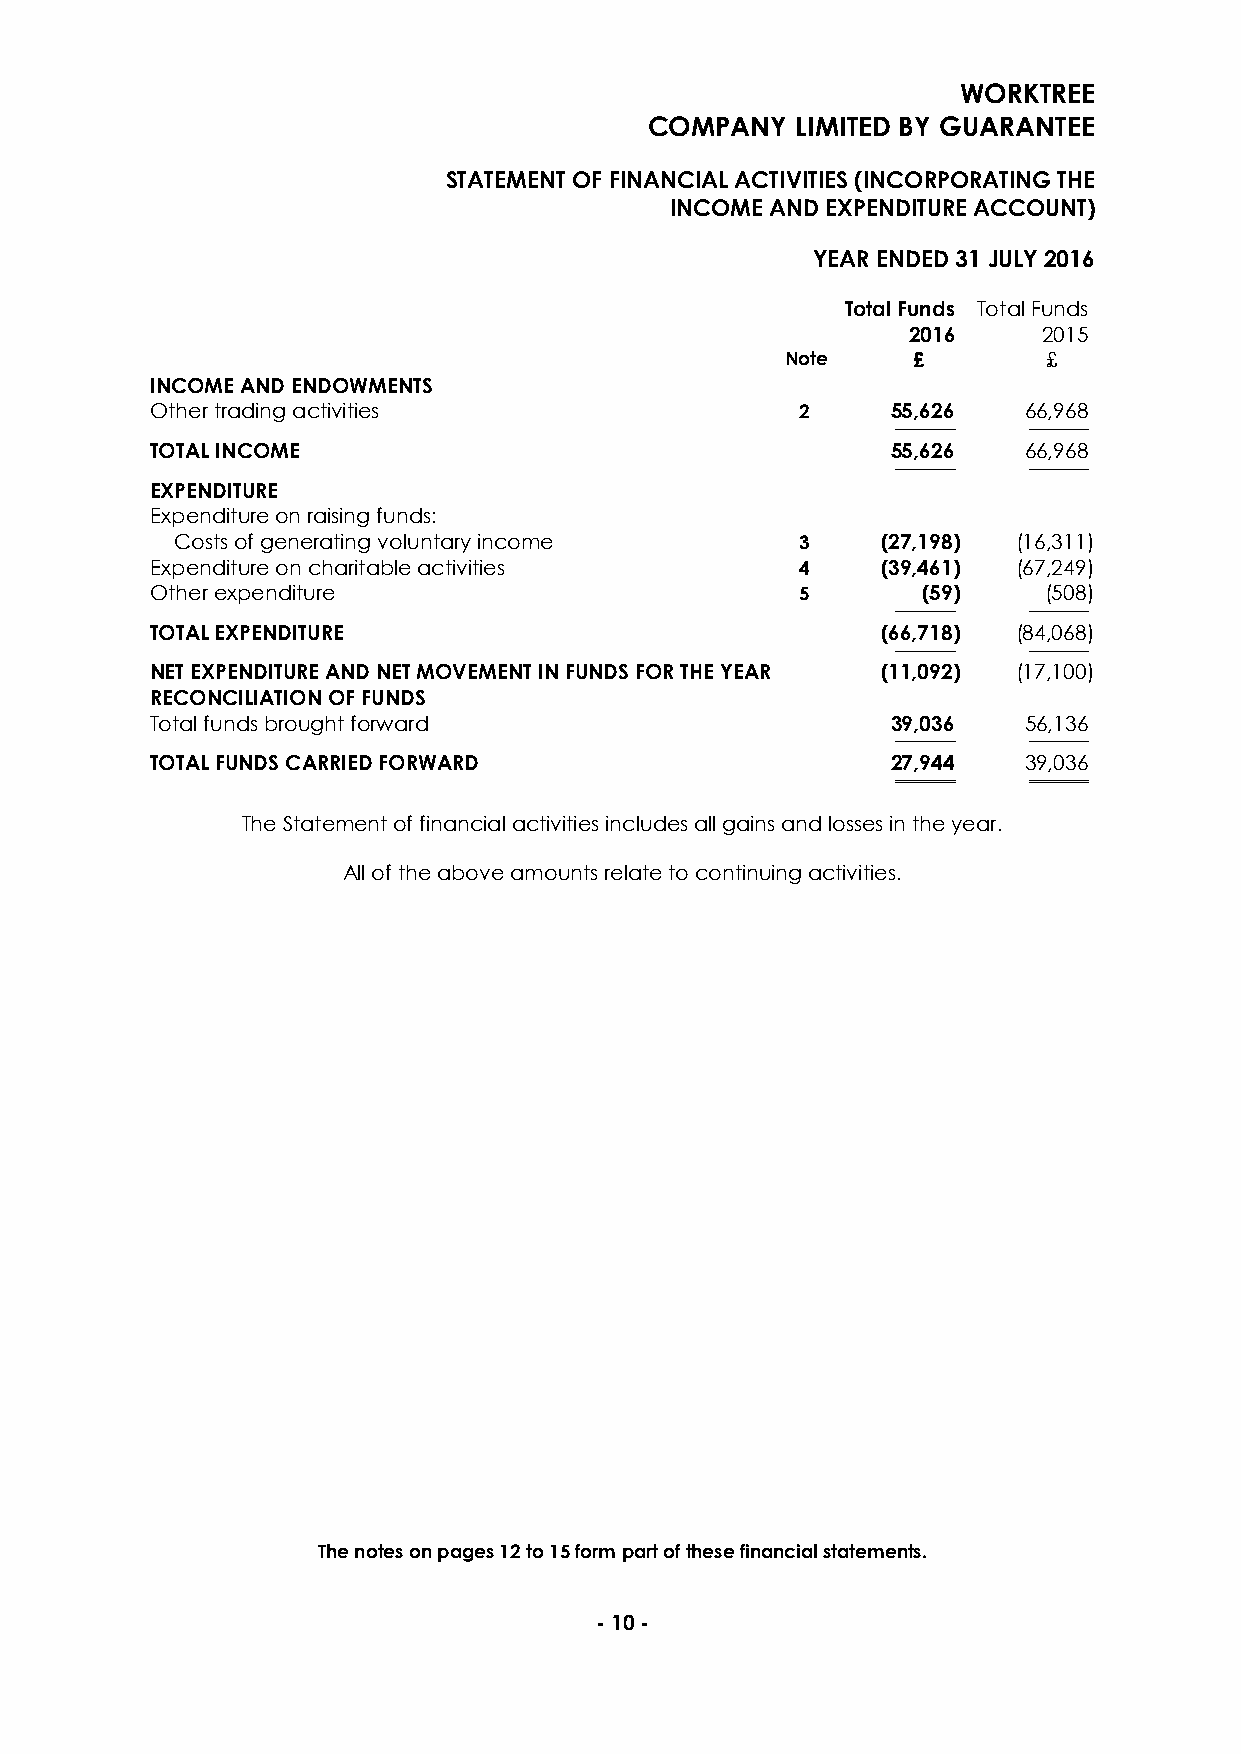
WORKTREE
 COMPANY   LIMITED BY GUARANTEE
 STATEMENT OF FINANCIAL ACTIVITIES (INCORPORATING THE
 INCOME AND EXPENDITURE ACCOUNT)
 YEAR ENDED 31 JULY 2016
 Total Funds Total Funds
 2016     2015
 Note    £        £
 INCOME AND ENDOWMENTS
 Other trading activities                   2     55,626   66,968
 ──────── ────────
 TOTAL INCOME                                     55,626   66,968
 ──────── ────────
 EXPENDITURE
 Expenditure on raising funds:
 Costs of generating voluntary income     3    (27,198) (16,311)
 Expenditure on charitable activities       4    (39,461) (67,249)
 Other expenditure                          5       (59)    (508)
 ──────── ────────
 TOTAL EXPENDITURE                               (66,718) (84,068)
 ──────── ────────
 NET EXPENDITURE AND NET MOVEMENT IN FUNDS FOR THE YEAR (11,092) (17,100)
 RECONCILIATION OF FUNDS
 Total funds brought forward                      39,036   56,136
 ──────── ────────
 TOTAL FUNDS CARRIED FORWARD                      27,944   39,036
 ════════ ════════
 The Statement of financial activities includes all gains and losses in the year.
 All of the above amounts relate to continuing activities.
 The notes on pages 12 to 15 form part of these financial statements.
 - 10 -